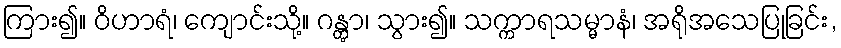
ကြား၍။ ဝိဟာရံ၊ ကျောင်းသို့။ ဂန္တွာ၊ သွား၍။ သက္ကာရသမ္မာနံ၊ အရိုအသေပြုခြင်း,